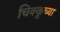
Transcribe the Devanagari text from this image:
चिक्कूच्या